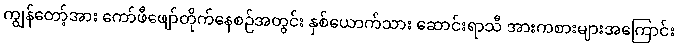
ကျွန်တော့်အား ကော်ဖီဖျော်တိုက်နေစဉ်အတွင်း နှစ်ယောက်သား ဆောင်းရာသီ အားကစားများအကြောင်း